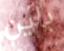
باين